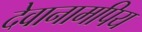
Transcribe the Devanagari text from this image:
देवानामपिय